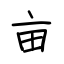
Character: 亩